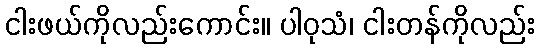
ငါးဖယ်ကိုလည်းကောင်း။ ပါဝုသံ၊ ငါးတန်ကိုလည်း